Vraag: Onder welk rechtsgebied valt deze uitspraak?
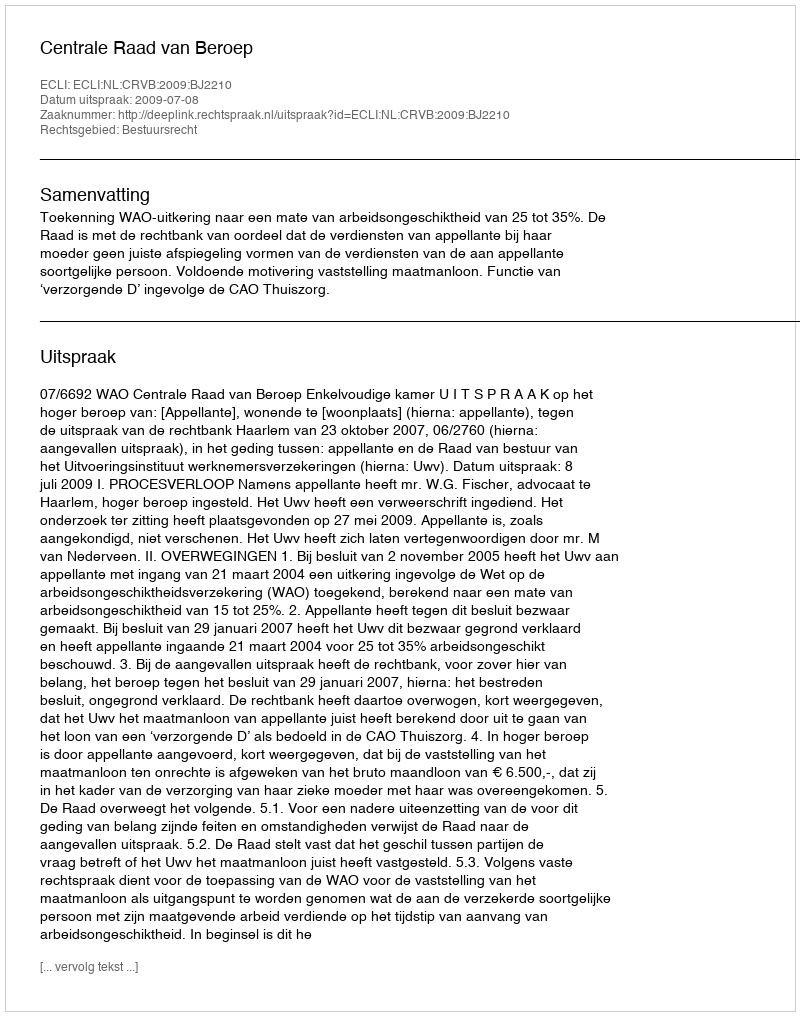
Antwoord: Bestuursrecht